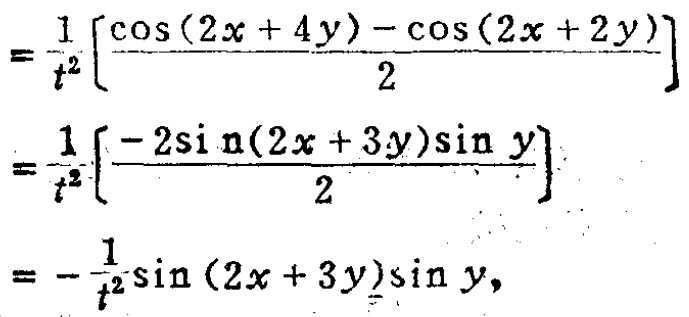
\[

\begin{align*}

&=\frac{1}{t^{2}}\left[\frac{\cos(2x + 4y)-\cos(2x + 2y)}{2}\right]\\

&=\frac{1}{t^{2}}\left[\frac{-2\sin(2x + 3y)\sin y}{2}\right]\\

&=-\frac{1}{t^{2}}\sin(2x + 3y)\sin y,

\end{align*}

\]